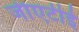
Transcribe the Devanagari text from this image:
जीएटीई